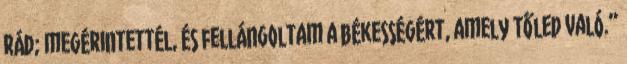
Rád; megérintettél, és fellángoltam a békességért, amely Tőled való.”